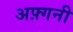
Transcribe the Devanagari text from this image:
अफ़्गनी